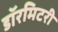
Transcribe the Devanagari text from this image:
डॉरमिटरी